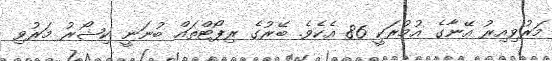
މަރުވިއިރު އޭނާގެ އުމުރަކީ 86 އެކެވެ. ބޭރުގެ ރިޕޯޓްތައް ބުނަނީ ކިޝޯރު މަރުވި